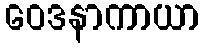
ဝေဒနာကာယာ